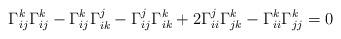
LaTeX: \begin{align*}\Gamma_{ij}^k\Gamma_{ij}^k- \Gamma_{ij}^k\Gamma_{ik}^j- \Gamma_{ij}^j\Gamma_{ik}^k+2\Gamma_{ii}^j\Gamma_{jk}^k-\Gamma_{ii}^k\Gamma_{jj}^k=0\end{align*}